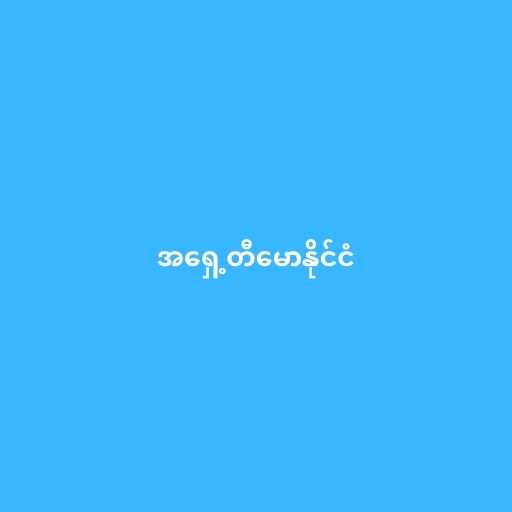
အရှေ့တီမောနိုင်ငံ